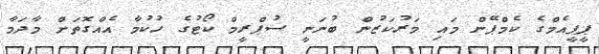
ޕީޕީއެމްގެ ކެމްޕޭން މައި މަރުކަޒުން ބުނަނީ ސުޕްރީމް ކޯޓުގެ ހުކުމާ އެއްގޮތަށް މާދަމާ